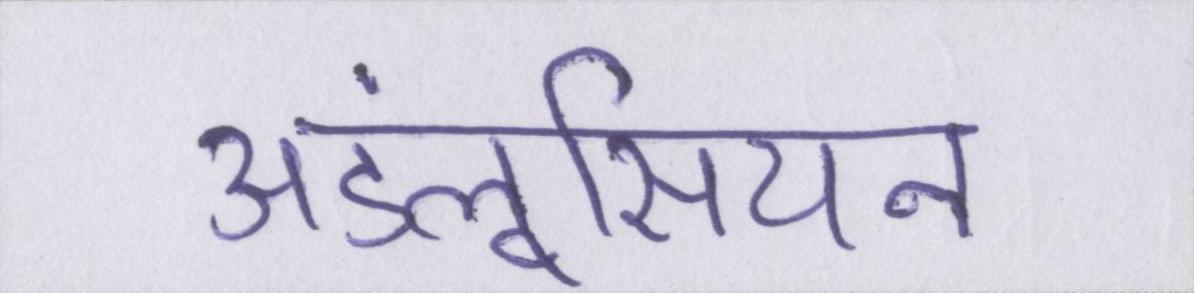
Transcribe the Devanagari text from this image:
अंडलूसियन